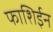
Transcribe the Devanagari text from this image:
फाशिईन